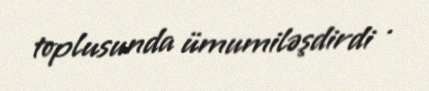
toplusunda ümumiləşdirdi .